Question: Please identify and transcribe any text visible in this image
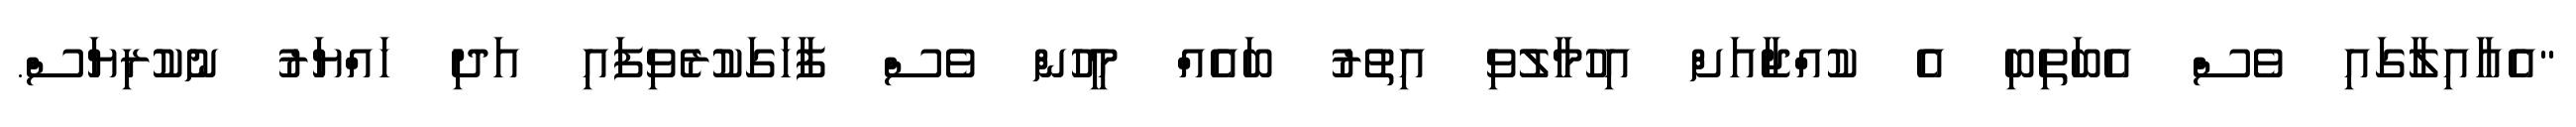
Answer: "އެއާއިލާގައި ވެސް އެބަތިބި އެ ކުއްޖާއަށް އިހުމާލުވި އިތުރު ބައެއް މީހުން ވެސް ފާހަގަކުރެވިފައި އަދި ހައްޔަރު ނުކުރިޔަސް.